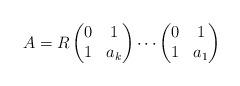
LaTeX: \begin{align*} A = R\begin{pmatrix}0&1\\1&a_k\end{pmatrix} \cdots\begin{pmatrix}0&1\\1&a_1\end{pmatrix}\end{align*}